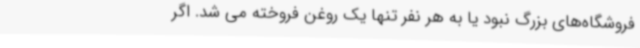
فروشگاه‌های بزرگ نبود یا به هر نفر تنها یک روغن فروخته می شد. اگر